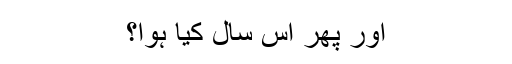
اور پھر اس سال کیا ہوا؟